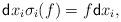
LaTeX: \begin{align*}{\sf d}x_i\sigma_i(f)=f{\sf d}x_i, \end{align*}